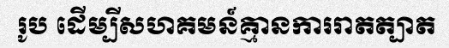
រូប ដើម្បីសហគមន៍គ្មានការរាតត្បាត